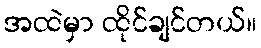
အထဲမှာ ထိုင်ချင်တယ်။